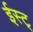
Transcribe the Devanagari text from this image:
ईस्ट्